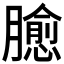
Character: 𱢻